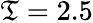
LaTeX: \mathfrak{T}=2.5